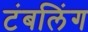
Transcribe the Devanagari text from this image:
टंबलिंग